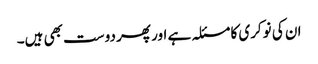
ان کی نوکری کا مسئلہ ہے اور پھر دوست بھی ہیں۔